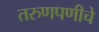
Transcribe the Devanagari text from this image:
तरुणपणीचे